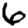
Digit: 6